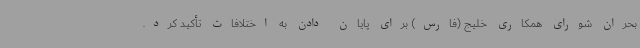
بحران شورای همکاری خلیج (فارس) برای پایان دادن به اختلافات تأکید کرد.